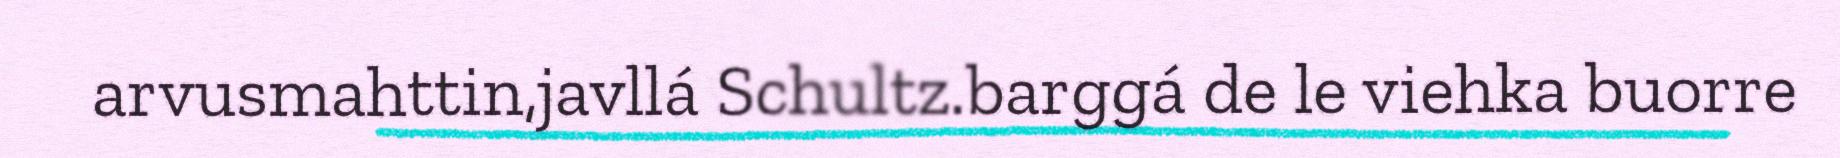
arvusmahttin,javllá Schultz.barggá de le viehka buorre